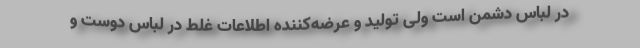
در لباس دشمن است ولی تولید و عرضه‌کننده اطلاعات غلط در لباس دوست و